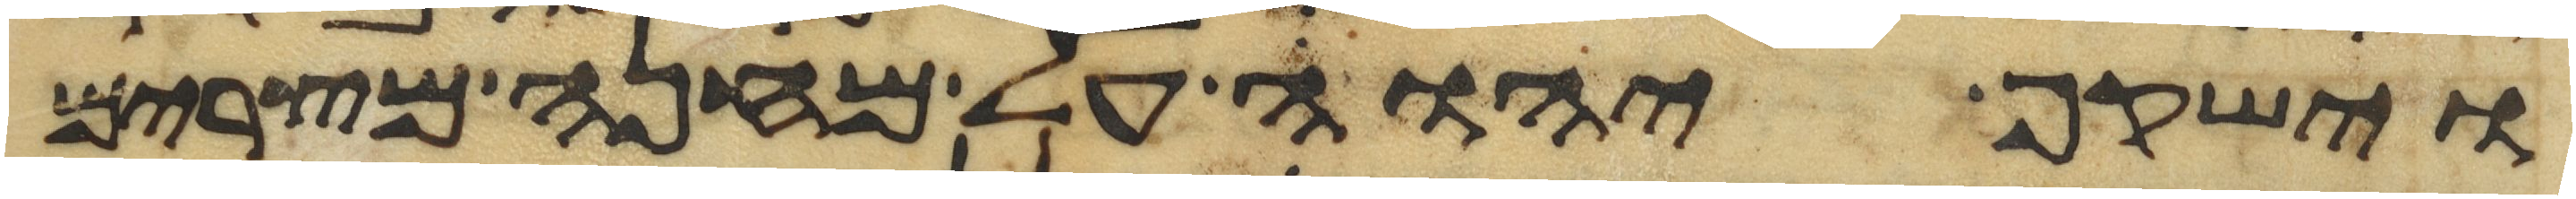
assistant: וישקף יהוה על מחנה מצרים